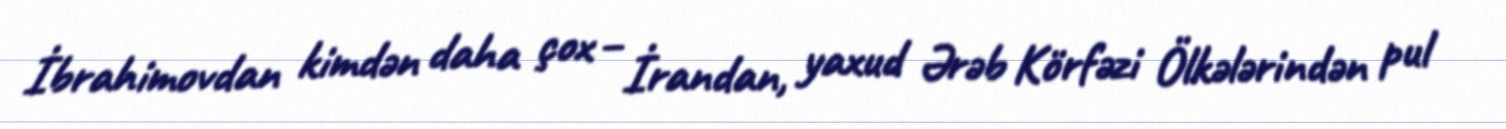
İbrahimovdan kimdən daha çox – İrandan, yaxud Ərəb Körfəzi Ölkələrindən pul